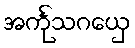
အင်္ကုသဂယှေ